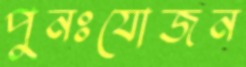
পুনঃযোজন